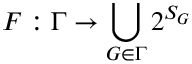
F : \Gamma \rightarrow \bigcup _ { G \in \Gamma } 2 ^ { S _ { G } }